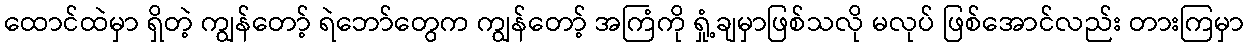
ထောင်ထဲမှာ ရှိတဲ့ ကျွန်တော့် ရဲဘော်တွေက ကျွန်တော့် အကြံကို ရှုံ့ချမှာဖြစ်သလို မလုပ် ဖြစ်အောင်လည်း တားကြမှာ